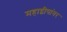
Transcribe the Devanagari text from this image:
महाद्वीपांवर